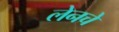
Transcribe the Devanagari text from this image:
लेनचे